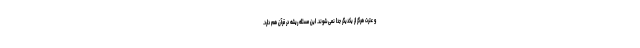
و عترت هرگز از یکدیگر جدا نمی‌شوند. این مسئله ریشه در قرآن هم دارد.